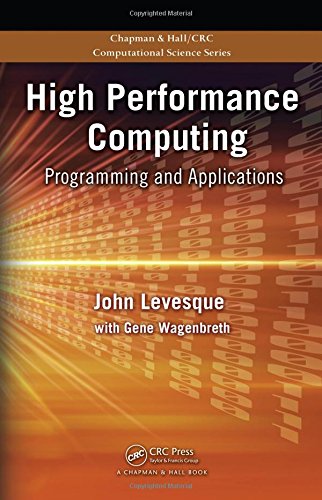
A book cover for High Performance Computing: Programming and Applications (Chapman & Hall/CRC Computational Science); John Levesque; Computers & Technology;